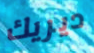
ديريك